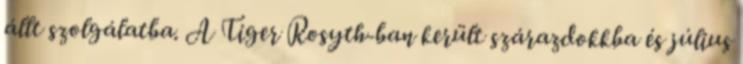
állt szolgálatba. A Tiger Rosyth-ban került szárazdokkba és július